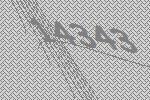
14343